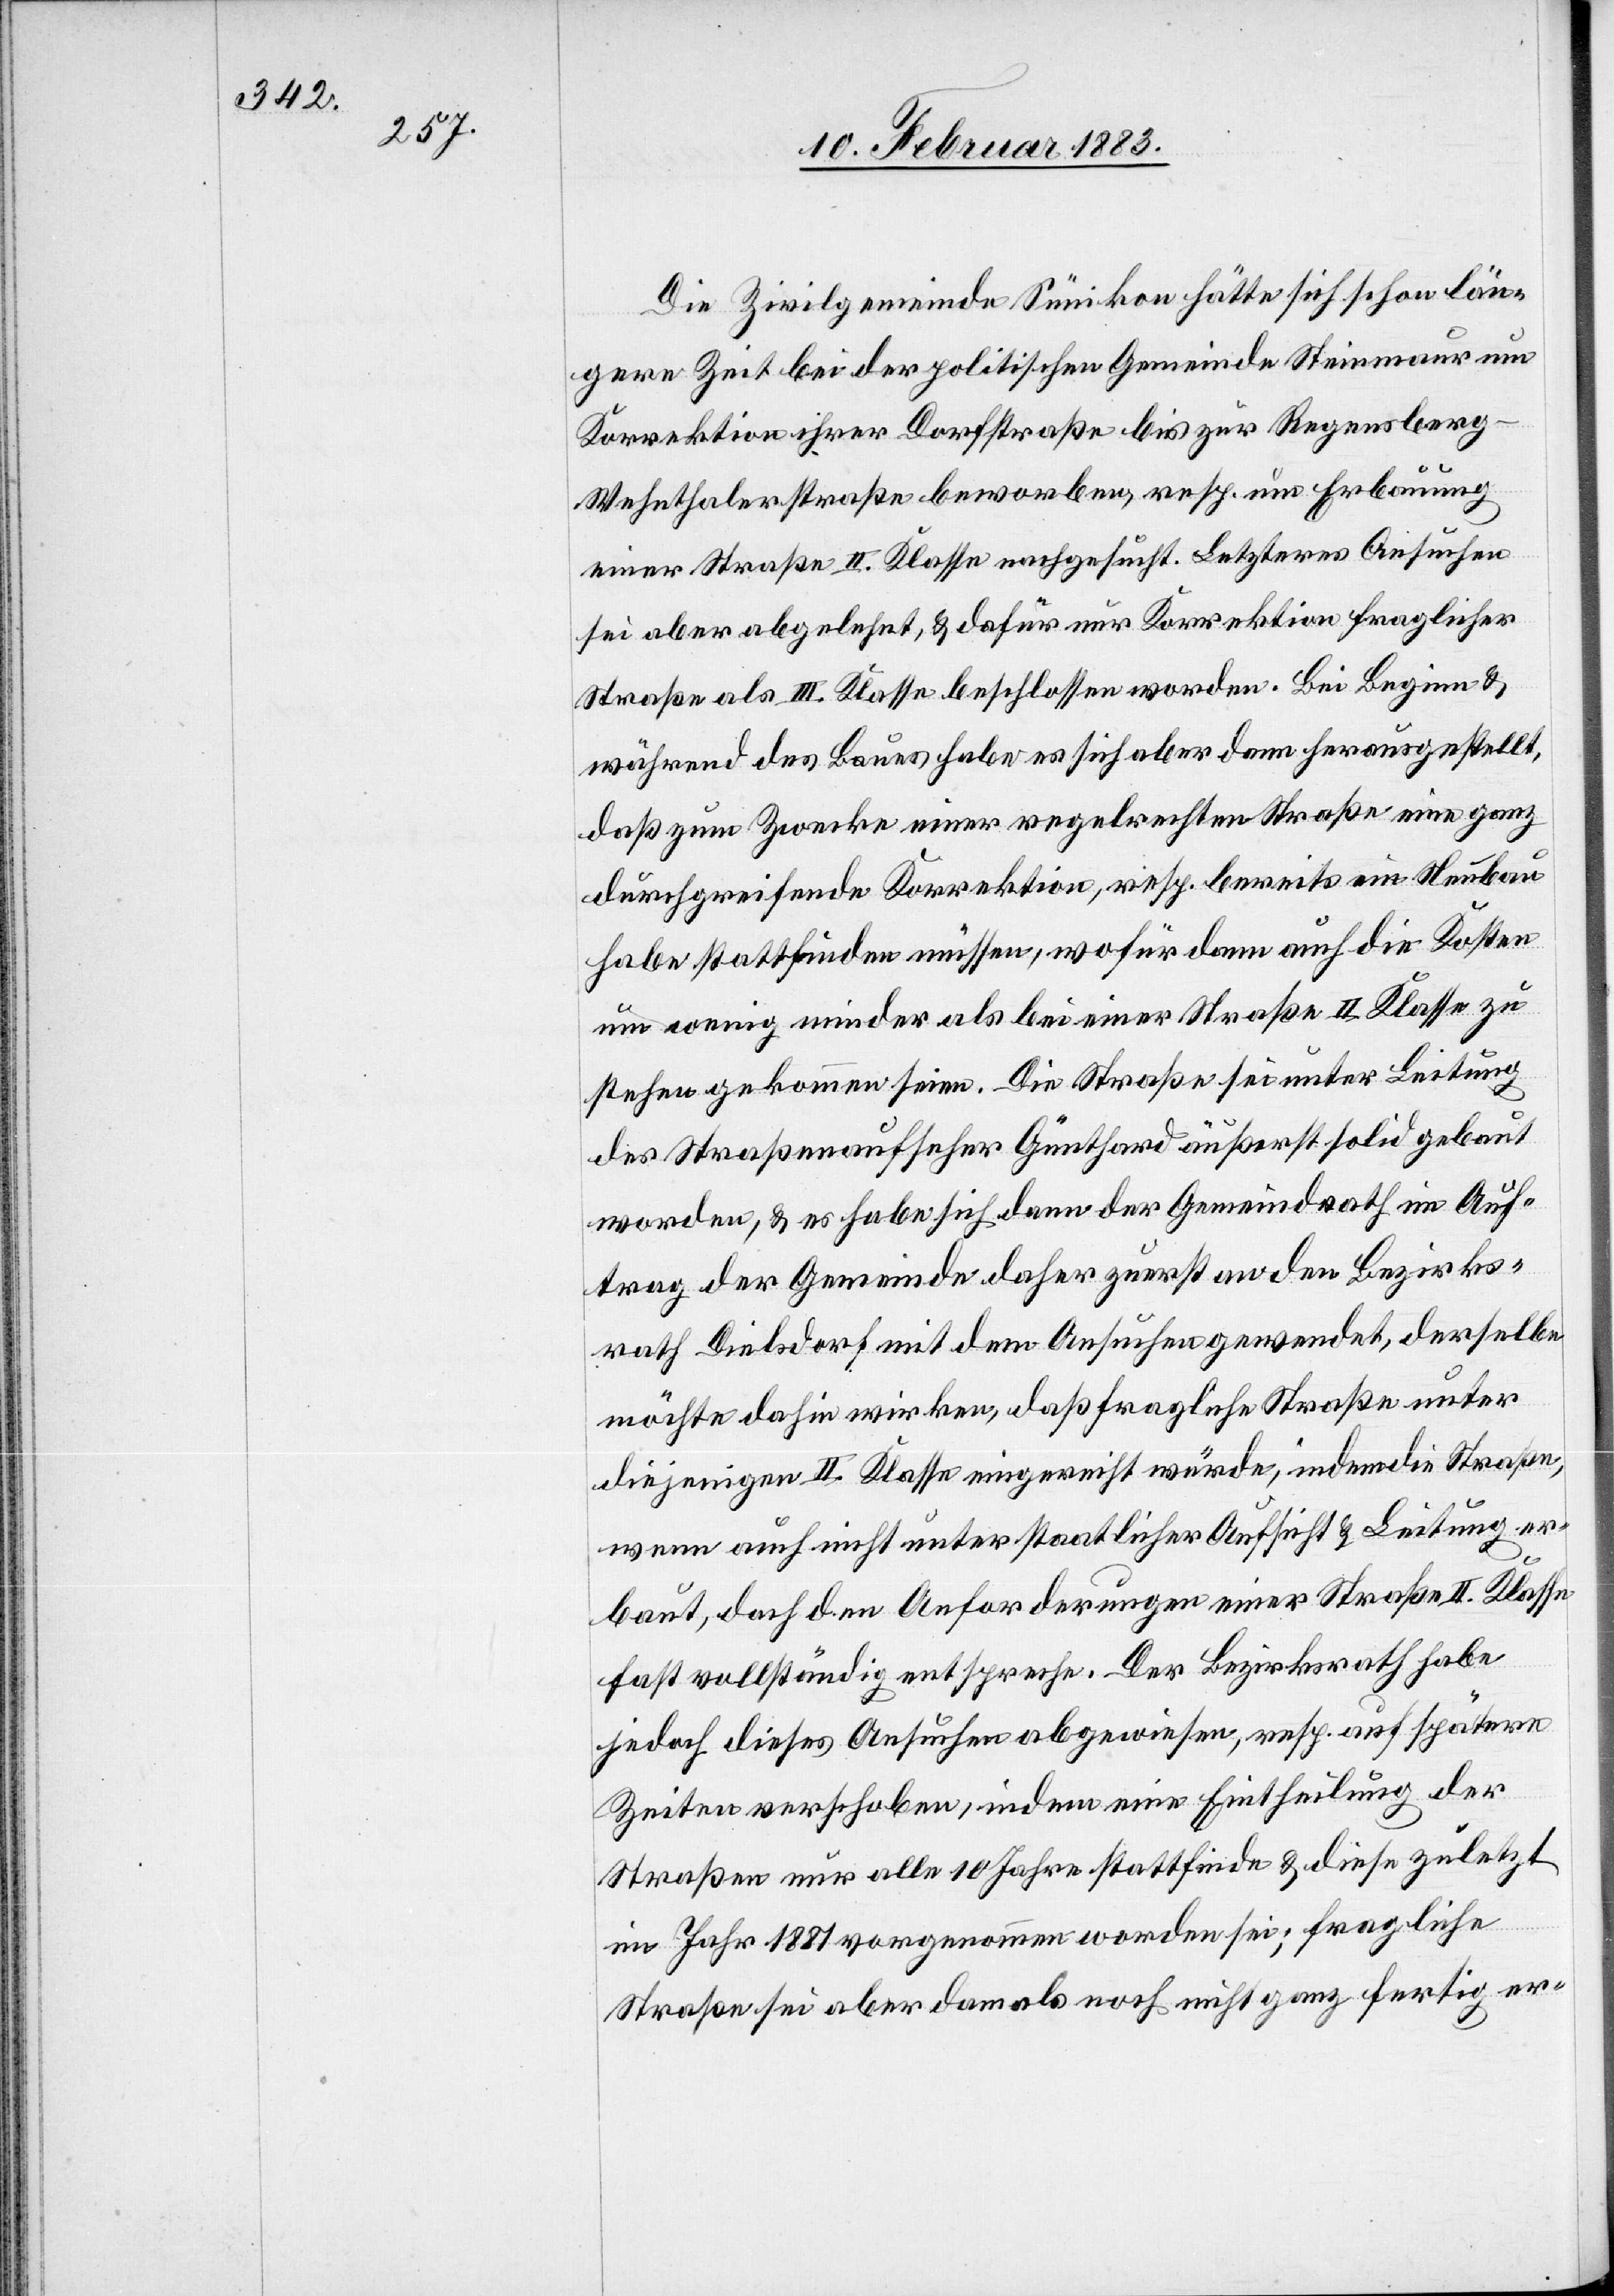
Die Zivilgemeinde Sünikon hätte sich schon län¬
gere Zeit bei der politischen Gemeinde Steinmaur um
Korrektion ihrer Dorfstraße bis zur Regensber¬
g–Wehnthalerstraße beworben, resp. um Erbauung
einer Straße II. Klasse nachgesucht. Letzteres Ansuchen
sei aber abgelehnt, & dafür nur Korrektion fraglicher
Straße III. Klasse beschlossen worden. Bei Beginn &
während des Baues habe es sich aber dann herausgestellt,
daß zum Zwecke einer regelrechten Straße eine ganz
durchgreifende Korrektion, resp. bereits ein Neubau
habe stattfinden müssen, wofür dann auch die Kosten
um wenig minder als bei einer Straße II. Klasse zu
stehen gekommen seien. Die Straße sei unter Leitung
des Straßenaufseher Günthard äußerst solid gebaut
worden, & es habe sich dann der Gemeindrath im Auf¬
trag der Gemeinde daher zuerst an den Bezirks¬
rath Dielsdorf mit dem Ansuchen gewendet, derselbe
möchte dahin wirken, daß fragliche Straße unter
diejenigen II. Klasse eingereiht würde, indem die Straße,
wenn auch nicht unter staatlicher Aufsicht & Leitung er¬
baut, doch den Anforderungen einer Straße II. Klasse
fast vollständig entspreche. Der Bezirksrath habe
jedoch dieses Ansuchen abgewiesen, resp. auf spätere
Zeiten verschoben, indem eine Eintheilung der
Straßen nur alle 10 Jahre stattfinde & diese zuletzt
im Jahr 1881 vorgenommen worden sei; fragliche
Straße sei aber damals noch nicht ganz fertig er-